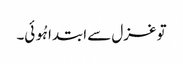
تو غزل سے ابتدا ہُوئی۔